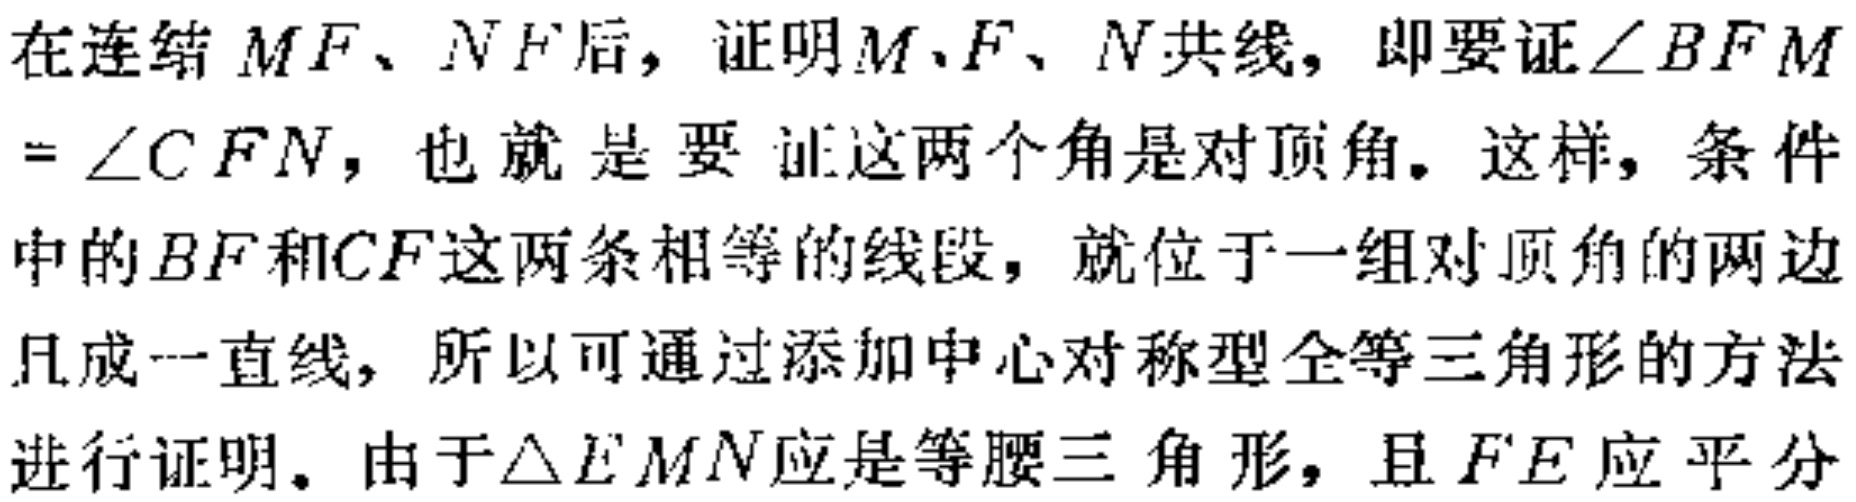
在连结 \(MF\)、\(NF\)后，证明\(M\)、\(F\)、\(N\)共线，即要证\(\angle BFM=\angle CFN\)，也就是要证这两个角是对顶角。这样，条件中的\(BF\)和\(CF\)这两条相等的线段，就位于一组对顶角的两边且成一直线，所以可通过添加中心对称型全等三角形的方法进行证明。由于\(\triangle EMN\)应是等腰三角形，且\(FE\)应平分